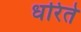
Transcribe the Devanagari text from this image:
धरिते